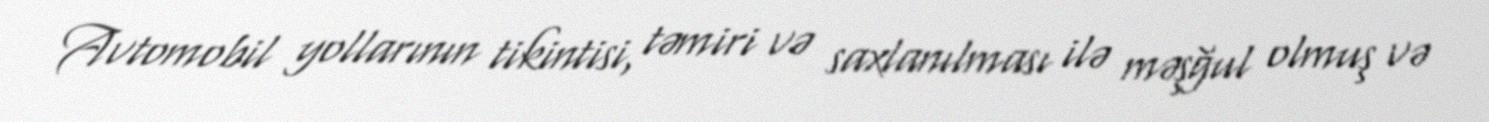
Avtomobil yollarının tikintisi, təmiri və saxlanılması ilə məşğul olmuş və